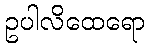
ဥပါလိထေရော